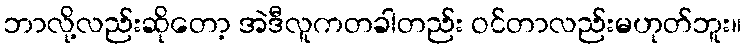
ဘာလို့လည်းဆိုတော့ အဲဒီလူကတခါတည်း ဝင်တာလည်းမဟုတ်ဘူး။